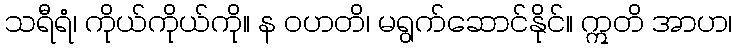
သရီရံ၊ ကိုယ်ကိုယ်ကို။ န ဝဟတိ၊ မရွက်ဆောင်နိုင်။ ဣတိ အာဟ၊